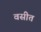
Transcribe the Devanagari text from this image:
वसीत